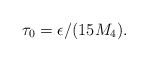
LaTeX: \begin{align*}\tau_0=\epsilon/(15M_4).\end{align*}